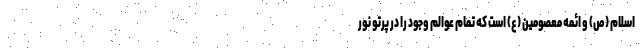
اسلام (ص) و ائمه معصومین (ع) است که تمام عوالم وجود را در پرتو نور